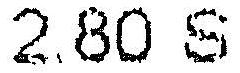
2.80 S